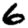
Digit: 6